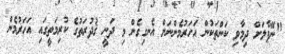
"ނޭޕާލަށް ދިމާވި ކަންތަކުން އަހަރުމެންނަށް އެނގިގެން މި ދަނީ ޤުދުރަތުގެ ކުރިމަތީގައި އަހަރުމެން